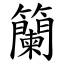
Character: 籣